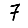
Digit: 7